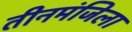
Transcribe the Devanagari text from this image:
तीनमंजिला